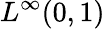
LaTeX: L^{\infty}(0,1)